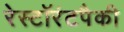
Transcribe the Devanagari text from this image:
रेस्टॉरंटपैकी